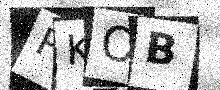
Text: PKOB